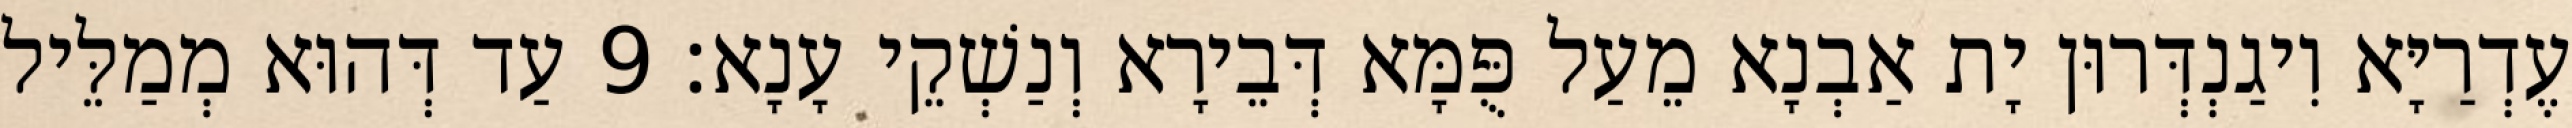
עֶדְרַיָּא וִיגַנְדְּרוּן יָת אַבְנָא מֵעַל פֻּמָּא דְּבֵירָא וְנַשְׁקֵי עָנָא׃ 9 עַד דְּהוּא מְמַלֵּיל